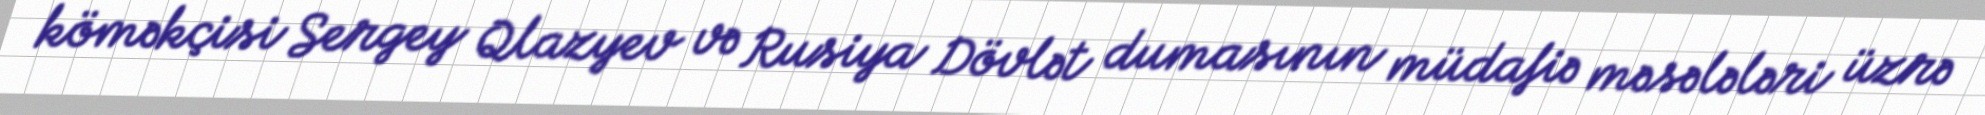
köməkçisi Sergey Qlazyev və Rusiya Dövlət dumasının müdafiə məsələləri üzrə